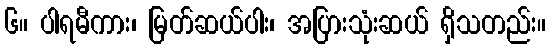
၆။ ပါရမီကား၊ မြတ်ဆယ်ပါး၊ အပြားသုံးဆယ် ရှိသတည်း။